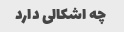
چه اشکالی دارد